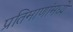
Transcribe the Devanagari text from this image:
प्रतिमाणांमध्ये